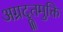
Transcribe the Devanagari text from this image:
अग्रदूतमुक्ति